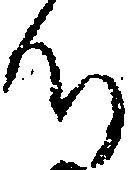
つ